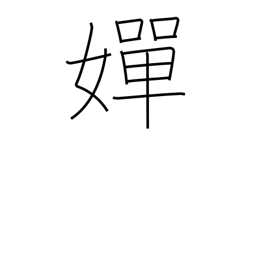
Meaning: beautiful